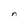
Character: n